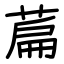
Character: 萹